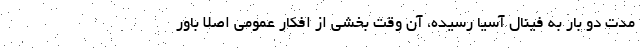
مدت دو بار به فینال آسیا رسیده، آن وقت بخشی از افکار عمومی اصلا باور